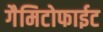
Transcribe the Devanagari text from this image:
गैमिटोफाईट